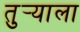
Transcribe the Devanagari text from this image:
तुर्‍याला